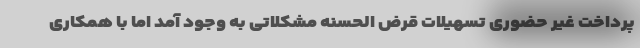
پرداخت غیر حضوری تسهیلات قرض الحسنه مشکلاتی به وجود آمد اما با همکاری